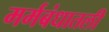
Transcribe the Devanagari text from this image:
मर्मबंधातली